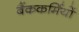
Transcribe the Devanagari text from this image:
बैंककर्मियों